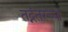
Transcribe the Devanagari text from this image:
तद्नंतरच्या